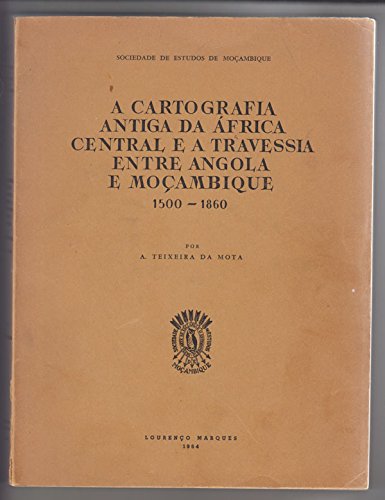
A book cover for A Cartografia Antiga da Africa Central e a Travessia Entre Angola e Mocambique 1500-1860 [Old Maps of Former Central Africa and the Boundary between Angola and Mozambique]; A. Teixeira Da Mota; Travel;